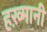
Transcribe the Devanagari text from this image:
हख़्मानी